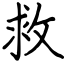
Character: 救